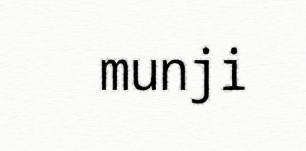
munji